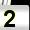
Digit: 2